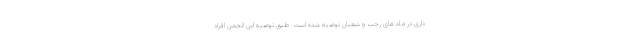
داری در ماه های رجب و شعبان توصیه شده است. طبق توصیه این انجمن افراد